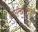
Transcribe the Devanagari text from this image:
बोरीखालची